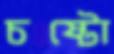
চষ্টো